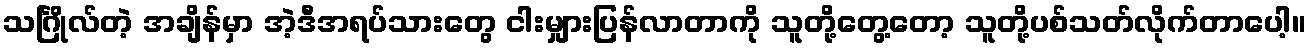
သင်္ဂြိုလ်တဲ့ အချိန်မှာ အဲ့ဒီအရပ်သားတွေ ငါးမျှားပြန်လာတာကို သူတို့တွေ့တော့ သူတို့ပစ်သတ်လိုက်တာပေါ့။